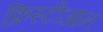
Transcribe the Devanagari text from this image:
क्रिस्टीआन